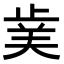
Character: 𭭥